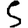
Digit: 5